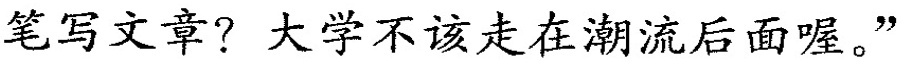
笔写文章? 大学不该走在潮流后面喔。”